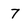
Character: 7